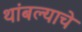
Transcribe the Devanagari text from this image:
थांबल्याचे